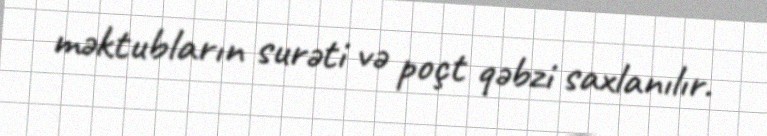
məktubların surəti və poçt qəbzi saxlanılır.